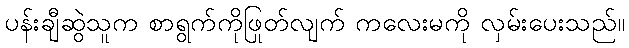
ပန်းချီဆွဲသူက စာရွက်ကိုဖြုတ်လျက် ကလေးမကို လှမ်းပေးသည်။